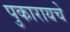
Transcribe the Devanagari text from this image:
पुकारायचे